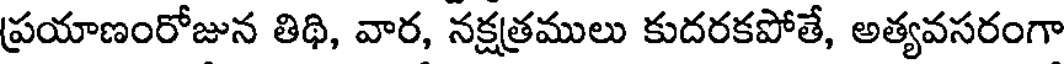
ప్రయాణంరోజున తిథి, వార, నక్షత్రములు కుదరకపోతే, అత్యవసరంగా